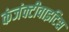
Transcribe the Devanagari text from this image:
कंजंक्टीवाइटिस